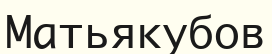
Матьякубов